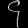
Digit: ၄